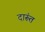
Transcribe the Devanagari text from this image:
दारूंत